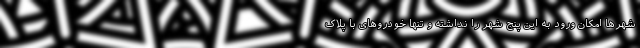
شهرها امکان ورود به این پنج شهر را نداشته و تنها خودروهای با پلاک